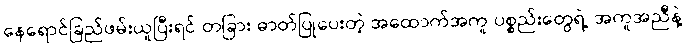
နေရောင်ခြည်ဖမ်းယူပြီးရင် တခြား ဓာတ်ပြုပေးတဲ့ အထောက်အကူ ပစ္စည်းတွေရဲ့ အကူအညီနဲ့